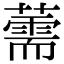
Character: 薷